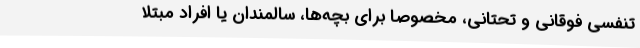
تنفسی فوقانی و تحتانی، مخصوصاً برای بچه‌ها، سالمندان یا افراد مبتلا